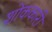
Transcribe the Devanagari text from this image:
शोककारी